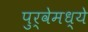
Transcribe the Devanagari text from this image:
पुर्वेमध्ये